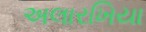
અલારખિયા